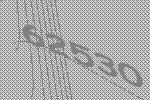
62530